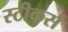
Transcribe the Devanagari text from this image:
स्टीकर्स